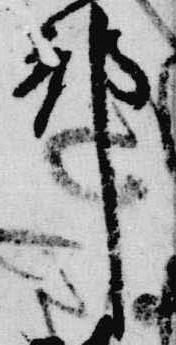
邦